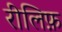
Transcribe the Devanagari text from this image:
रीलिफ़